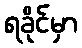
ရခိုင်မှာ